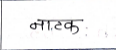
मजकूर: नाटक